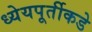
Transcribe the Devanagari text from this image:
ध्येयपूर्तीकडे